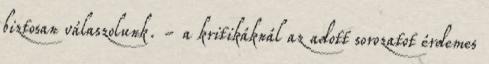
biztosan válaszolunk. - a kritikáknál az adott sorozatot érdemes